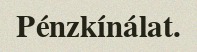
Pénzkínálat.